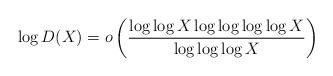
LaTeX: \begin{align*}\log D(X)=o\left(\frac{\log\log X\log\log\log\log X}{\log\log\log X}\right)\end{align*}